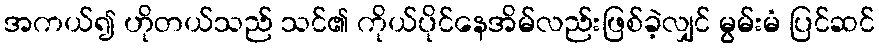
အကယ်၍ ဟိုတယ်သည် သင်၏ ကိုယ်ပိုင်နေအိမ်လည်းဖြစ်ခဲ့လျှင် မွမ်းမံ ပြင်ဆင်